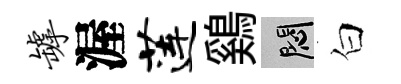
罅渥莲鷄悶白